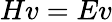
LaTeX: Hv=Ev